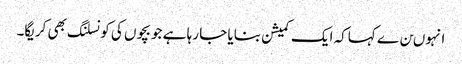
انہوںن ے کہاکہ ایک کمیشن بنایا جا رہا ہے جو بچوں کی کونسلنگ بھی کریگا۔